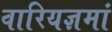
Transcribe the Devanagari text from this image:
वारियज्ञमां